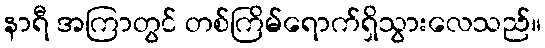
နာရီ အကြာတွင် တစ်ကြိမ်ရောက်ရှိသွားလေသည်။